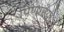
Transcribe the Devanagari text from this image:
पिणाऱ्या